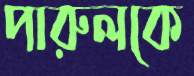
পারুলকে